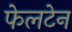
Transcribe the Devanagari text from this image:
फेलटेन